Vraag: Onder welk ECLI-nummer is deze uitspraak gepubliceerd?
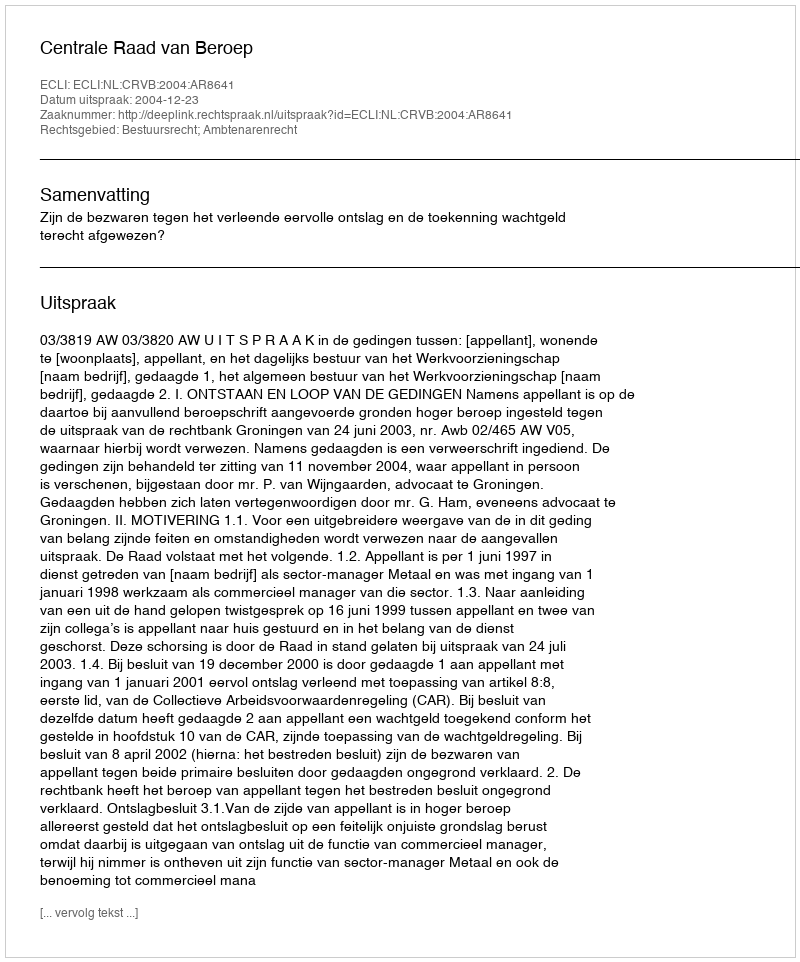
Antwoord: ECLI:NL:CRVB:2004:AR8641